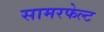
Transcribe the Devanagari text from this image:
सामरफेल्ट